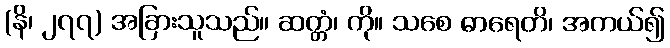
(နိ၊ ၂၇၇) အခြားသူသည်။ ဆတ္တံ၊ ကို။ သစေ ဓာရေတိ၊ အကယ်၍